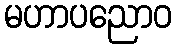
မဟာပညောဝ